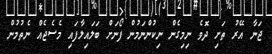
ޖަނާ އޭރު ތަށި ދޮވެ ނިމިގެން ނިކުންނަމުން ފޯނަށް ބަލައިލާފައި މެސެޖެއް ނެތުމުން